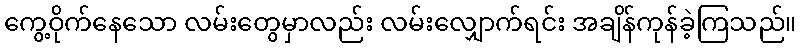
ကွေ့ဝိုက်နေသော လမ်းတွေမှာလည်း လမ်းလျှောက်ရင်း အချိန်ကုန်ခဲ့ကြသည်။